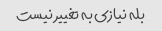
بله نیازی به تغییر نیست